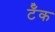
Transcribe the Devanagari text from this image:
टॅँक